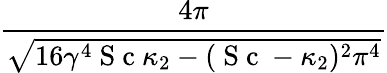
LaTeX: \frac{4\pi}{\sqrt{16\gamma^{4}\mathrm{~S~c~}\kappa_{2}-(\mathrm{~S~c~}-\kappa_{2})^{2}\pi^{4}}}